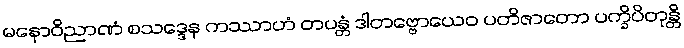
မနောဝိညာဏံ စသဒ္ဒေန ကဿာဟံ တပန္တံ ဒါတဗ္ဗောယေဝ ပတိဇာတော ပက္ခိပိတုန္တိ